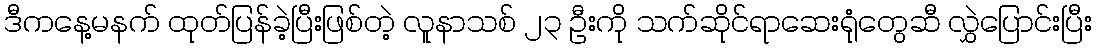
ဒီကနေ့မနက် ထုတ်ပြန်ခဲ့ပြီးဖြစ်တဲ့ လူနာသစ် ၂၃ ဦးကို သက်ဆိုင်ရာဆေးရုံတွေဆီ လွှဲပြောင်းပြီး